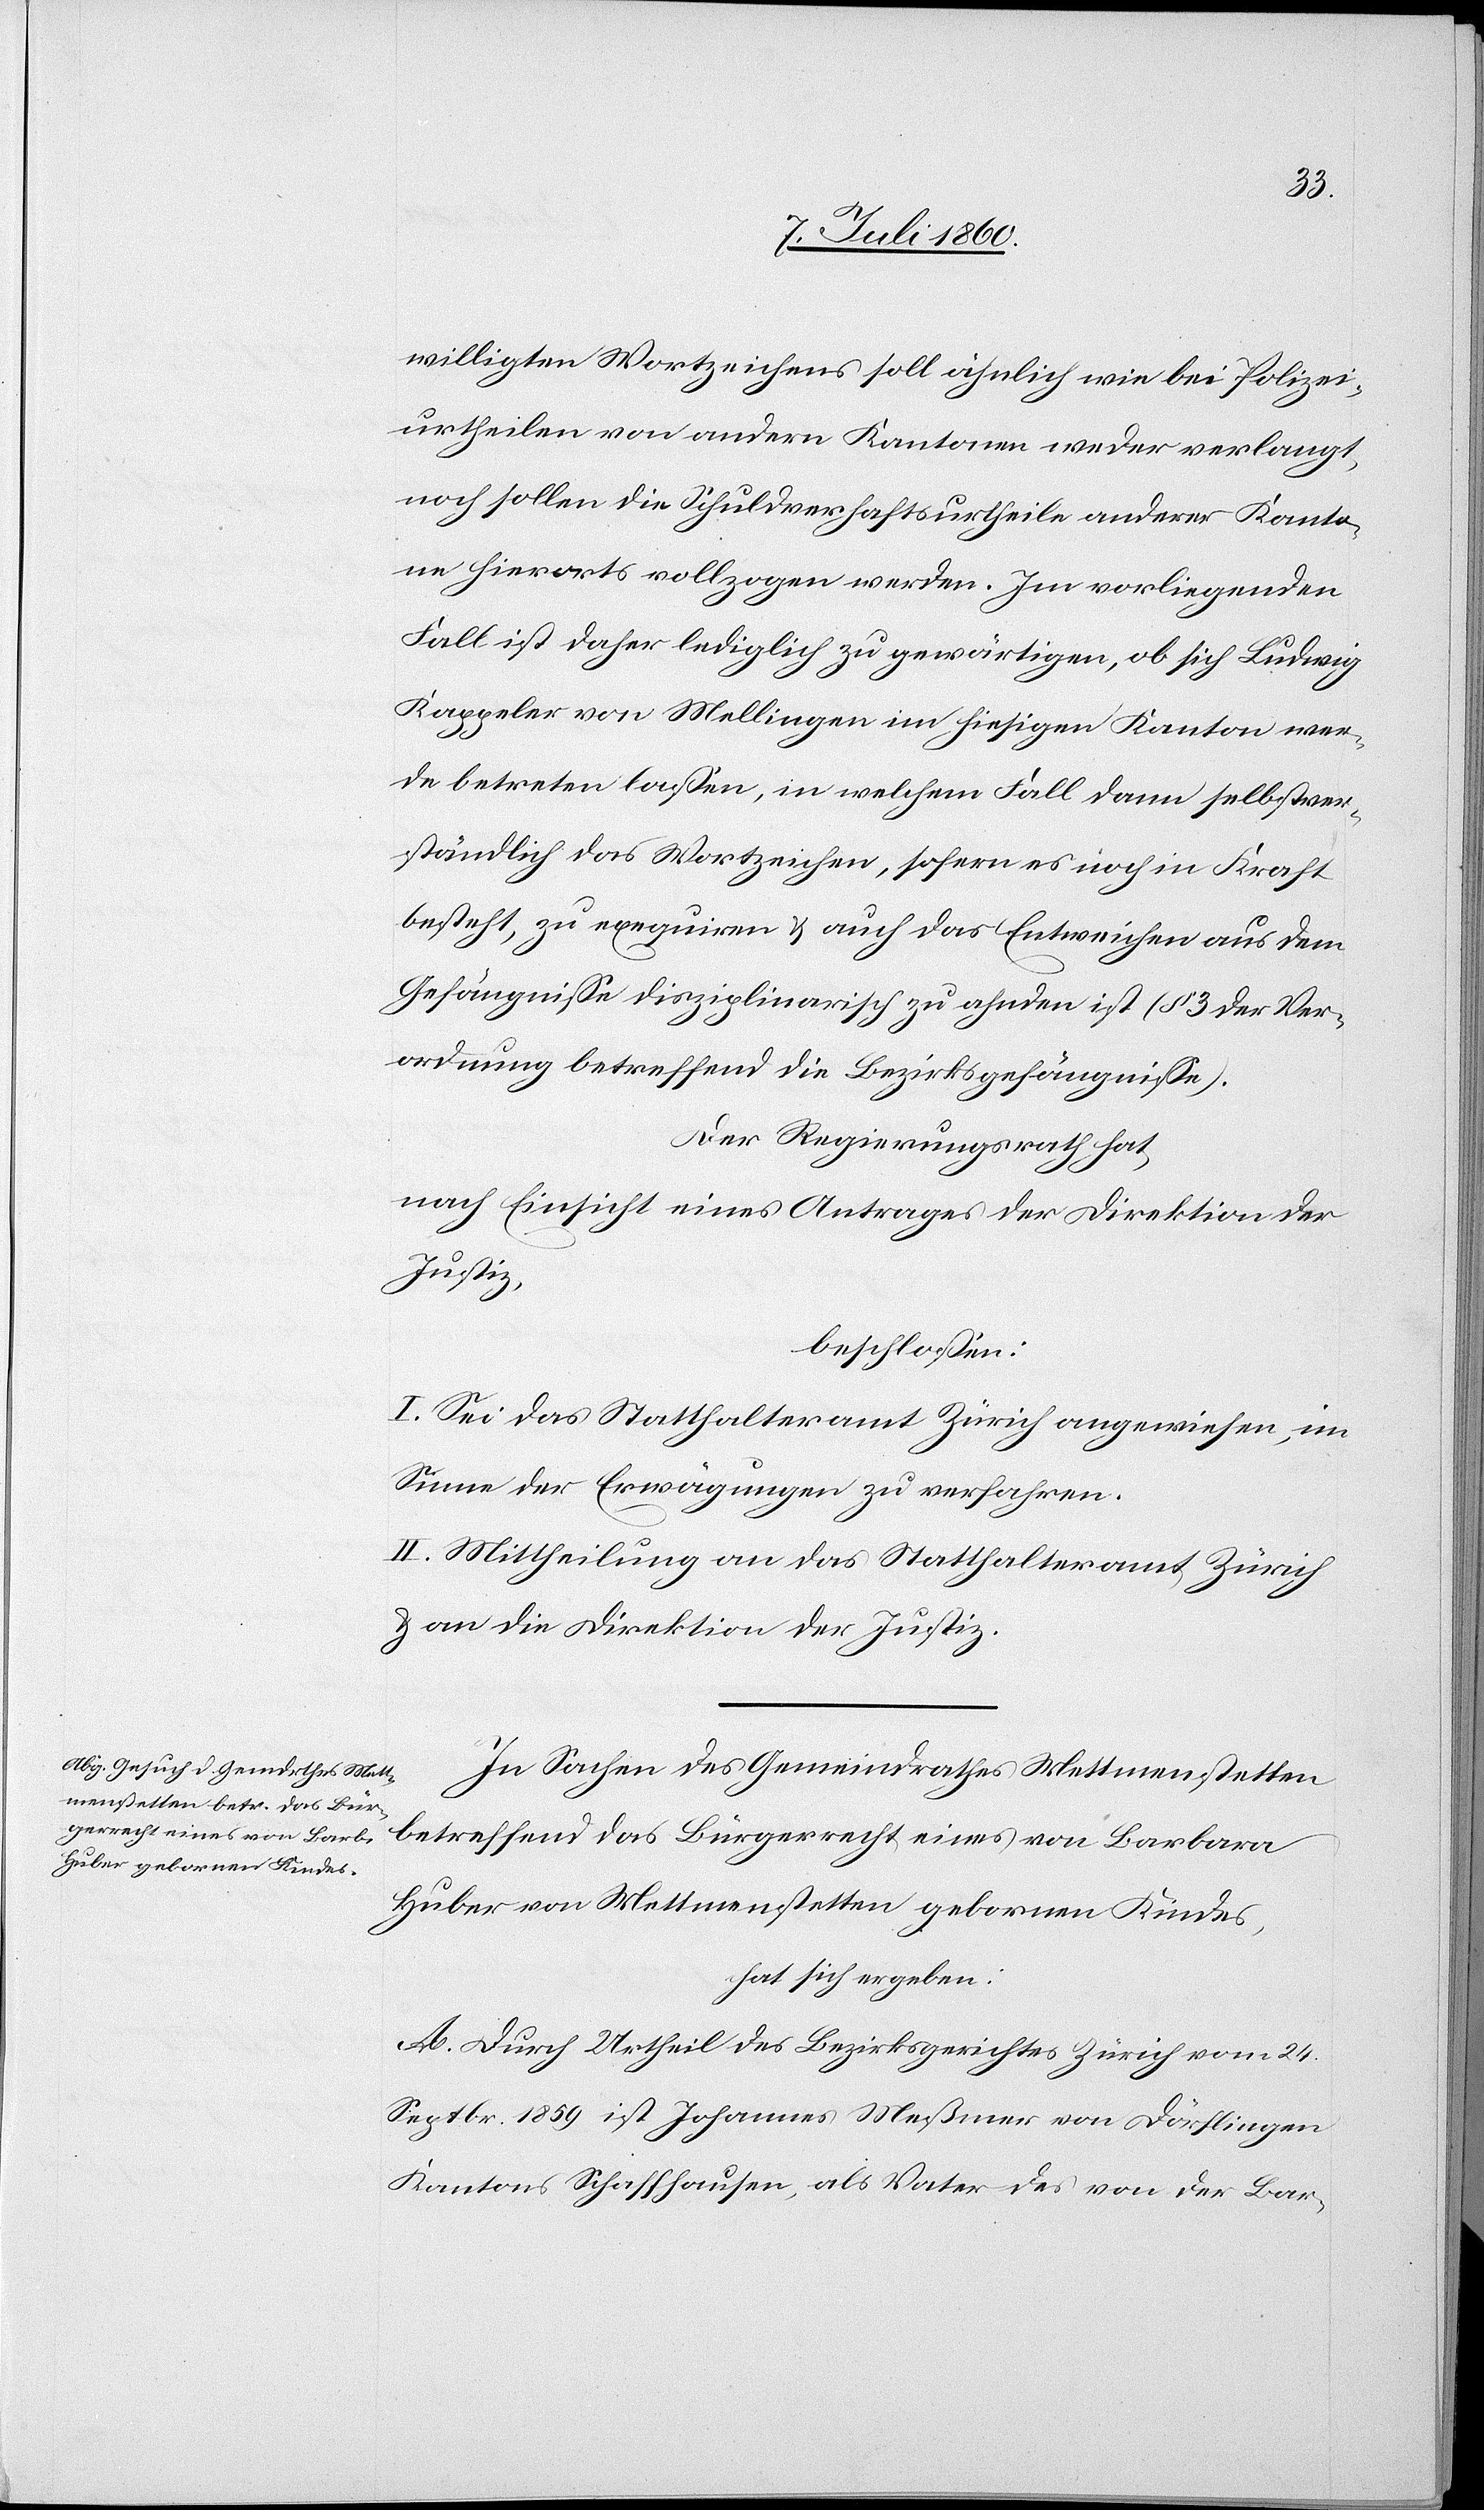
willigten Wortzeichens soll ähnlich wie bei Polizei¬
urtheilen von andern Kantonen weder verlangt,
noch sollen die Schuldverhaftsurtheile anderer Kanto¬
ne hierorts vollzogen werden. Im vorliegenden
Fall ist daher lediglich zu gewärtigen, ob sich Ludwig
Kappeler von Mellingen im hiesigen Kanton wer¬
de betreten lassen, in welchem Fall dann selbstver¬
ständlich das Wortzeichen, sofern es noch in Kraft
besteht, zu exequiren & auch das Entweichen aus dem
Gefängnisse disziplinarisch zu ahnden ist (§ 3 der Ver¬
ordnung betreffend die Bezirksgefängnisse).
Der Regierungsrath hat,
nach Einsicht eines Antrages der Direktion der
Justiz,
beschlossen:
I. Sei das Statthalteramt Zürich angewiesen, im
Sinne der Erwägungen zu verfahren.
II. Mittheilung an das Statthalteramt Zürich
& an die Direktion der Justiz.
In Sachen des Gemeindrathes Mettmenstetten
betreffend das Bürgerrecht eines von Barbara
Huber von Mettmenstetten gebornen Kindes,
hat sich ergeben:
A. Durch Urtheil des Bezirksgerichtes Zürich vom 24.
Septbr. 1859 ist Johannes Meßmer von Dörflingen
Kantons Schaffhausen, als Vater des von der Bar-